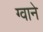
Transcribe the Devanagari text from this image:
ग्वाने